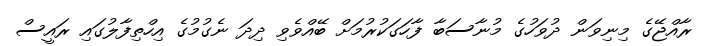
ރާއްޖޭގެ މިނިވަން ދުވަހުގެ މުނާސަބާ ފާހަގަކުރުމަށް ބޭއްވެވި ދިދަ ނެގުމުގެ އިހްތިފާލުގައި ރައީސް